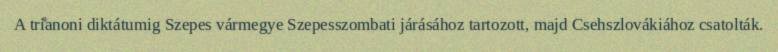
A trianoni diktátumig Szepes vármegye Szepesszombati járásához tartozott, majd Csehszlovákiához csatolták.